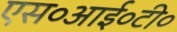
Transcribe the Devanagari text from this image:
एस०आई०टी०